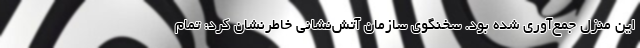
این منزل جمع‌آوری شده بود. سخنگوی سازمان آتش‌نشانی خاطرنشان کرد: تمام